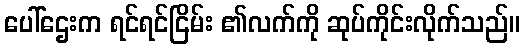
ပေါ်ဌေးက ရင်ရင်ငြိမ်း ၏လက်ကို ဆုပ်ကိုင်းလိုက်သည်။